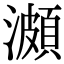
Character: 𤀪